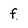
Character: f